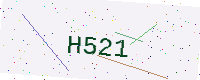
Text: H521